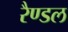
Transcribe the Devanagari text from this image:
रैण्डल